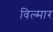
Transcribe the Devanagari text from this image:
विल्मार